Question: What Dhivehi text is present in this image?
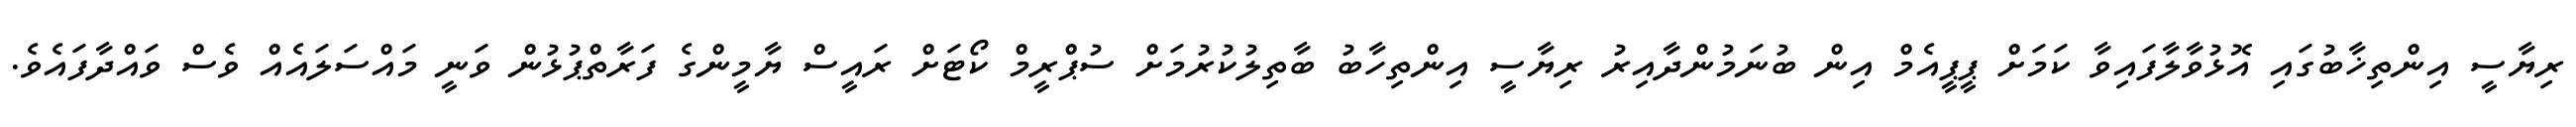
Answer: ރިޔާސީ އިންތިޚާބުގައި އޮޅުވާލާފައިވާ ކަމަށް ޕީޕީއެމް އިން ބުނަމުންދާއިރު ރިޔާސީ އިންތިހާބު ބާތިލުކުރުމަށް ސުޕްރީމް ކޯޓަށް ރައީސް ޔާމީންގެ ފަރާތްޕުޅުން ވަނީ މައްސަލައެއް ވެސް ވައްދާފައެވެ.